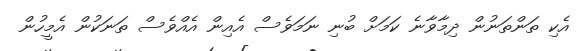
އެކި ތަންތަނުން ދިމާވާނެ ކަމަށް ބުނި ނަމަވެސް އެއިން އެއްވެސް ތަނަކުން އެމީހުން